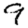
Digit: 9